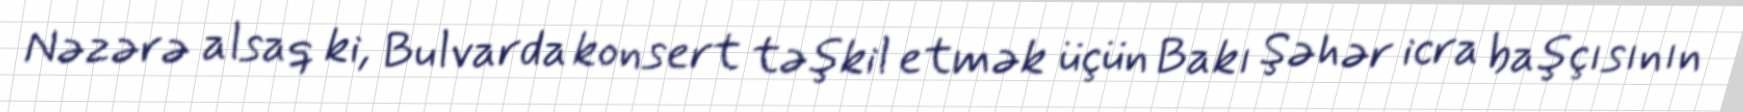
Nəzərə alsaq ki, Bulvarda konsert təşkil etmək üçün Bakı Şəhər icra başçısının